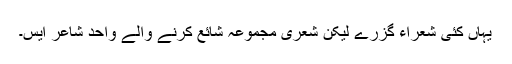
یہاں کئی شعراء گزرے لیکن شعری مجموعہ شائع کرنے والے واحد شاعر ایس۔